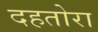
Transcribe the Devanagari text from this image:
दहतोरा